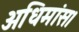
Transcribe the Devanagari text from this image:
अधिमांस।